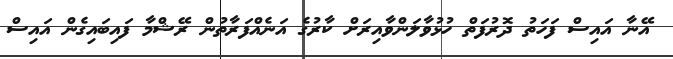
އޭނާ އައިސް ފަހަތު ދޮރުފަތް ހުޅުވާލަންވާއިރަށް ކާރުގެ އަނެއްފަރާތުން ރޭޝްމާ ފައިބައިގެން އައިސް